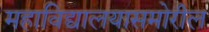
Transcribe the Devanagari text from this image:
महाविद्यालयासमोरील